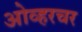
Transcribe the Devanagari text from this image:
ओव्हरचर